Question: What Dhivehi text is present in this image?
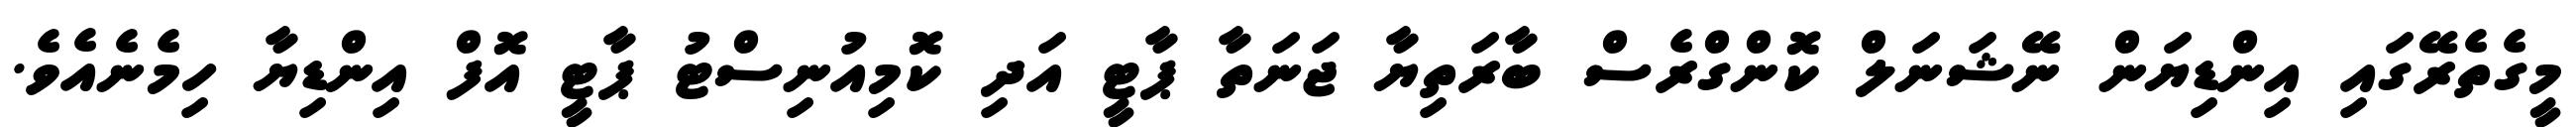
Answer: މީގެތެރޭގައި އިންޑިޔަން ނޭޝަނަލް ކޮންގްރެސް ބާރަތިޔާ ޖަނަތާ ޕާޓީ އަދި ކޮމިއުނިސްޓު ޕާޓީ އޮފް އިންޑިޔާ ހިމެނެއެވެ.